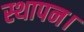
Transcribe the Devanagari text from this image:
स्थापन।